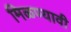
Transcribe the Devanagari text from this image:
मिळण्यावी